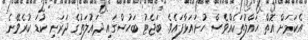
އެކަމަށް އޮތް ހައްލުތަކެއްވެސް ހުށައަޅާފައެވެ. ބަޖެޓު ބަހުސްގައި ދައުލަތުގެ ދަރަނި ކުޑަ ކުރެވޭނެ